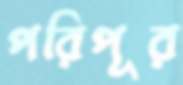
পরিপূর